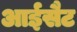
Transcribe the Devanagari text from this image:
आईसैट